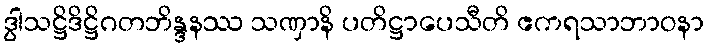
ဒွါသဋ္ဌိဒိဋ္ဌိဂတဘိန္ဒနဿ သဏှာနိ ပတိဋ္ဌာပေသီတိ ဧကရသာဘာဝနာ